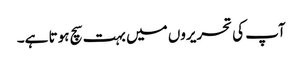
آپ کی تحریروں میں بہت سچ ہوتا ہے۔